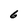
Character: 6